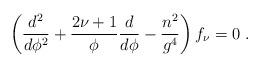
LaTeX: \begin{align*}\left( \frac{d^2}{d \phi^2 } + \frac{2 \nu + 1}{\phi} \frac{d}{d\phi } - \frac{n^2}{g^4} \right) f_{\nu} = 0 ~ .\end{align*}